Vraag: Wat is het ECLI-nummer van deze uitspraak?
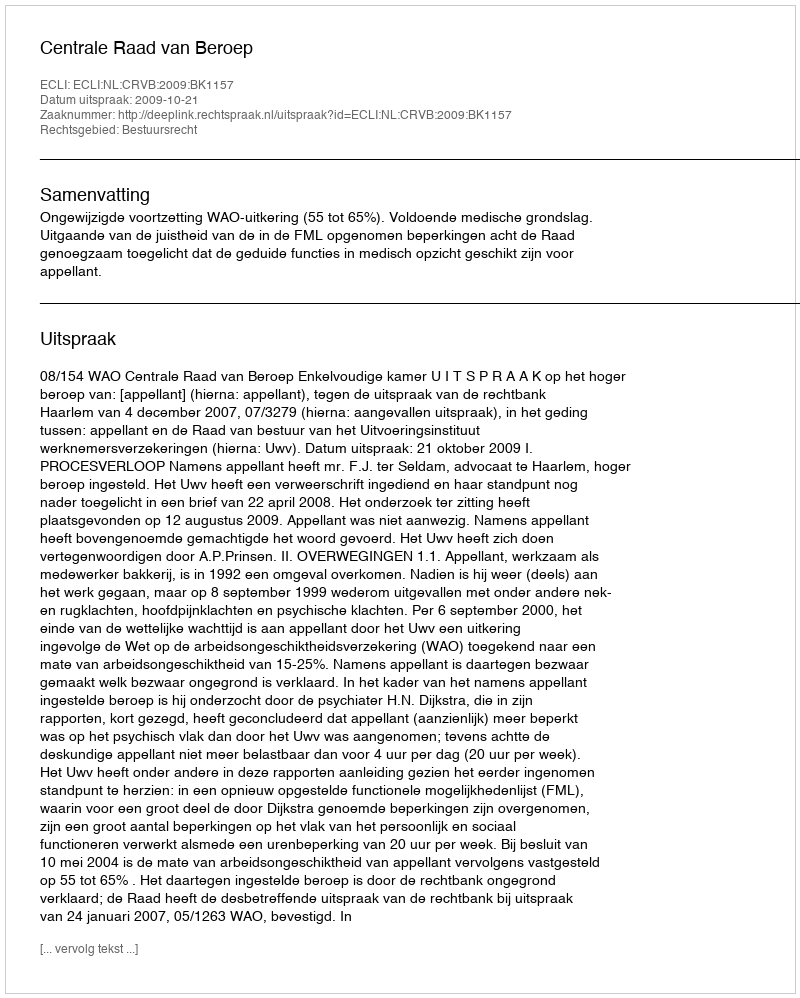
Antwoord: ECLI:NL:CRVB:2009:BK1157